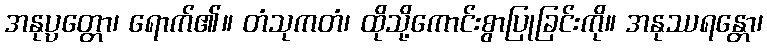
အနုပ္ပတ္တော၊ ရောက်၏။ တံသုကတံ၊ ထိုသို့ကောင်းစွာပြုခြင်းကို။ အနုဿရန္တော၊